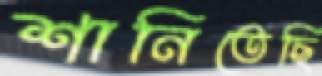
শানিতেছি